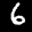
Label: 6